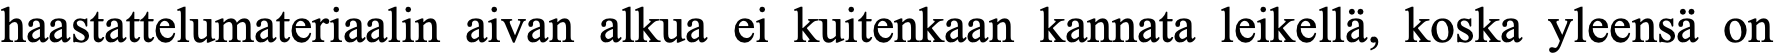
haastattelumateriaalin aivan alkua ei kuitenkaan kannata leikellä, koska yleensä on